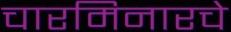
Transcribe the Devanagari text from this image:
चारमिनारचे